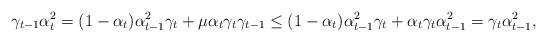
LaTeX: \begin{align*}\gamma_{t-1}\alpha_t^2=(1-\alpha_t)\alpha_{t-1}^2\gamma_t+\mu\alpha_t\gamma_t\gamma_{t-1}\leq(1-\alpha_t)\alpha_{t-1}^2\gamma_t+\alpha_t\gamma_t\alpha_{t-1}^2=\gamma_t\alpha_{t-1}^2,\end{align*}